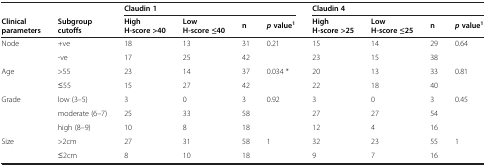
| <ROWSPAN=2> Clinical parameters | <ROWSPAN=2> Subgroup cutoffs | <COLSPAN=4> Claudin 1 | <COLSPAN=4> Claudin 4 |
 | High H-score >40 | Low H-score ≤40 | n | p value1 | High H-score >25 | Low H-score ≤25 | n | p value1 |
 | --- | --- | --- | --- | --- | --- | --- | --- | --- | --- |
 | Node | +ve | 18 | 13 | 31 | 0.21 | 15 | 14 | 29 | 0.64 |
 |  | -ve | 17 | 25 | 42 |  | 23 | 15 | 38 |  |
 | Age | >55 | 23 | 14 | 37 | 0.034 * | 20 | 13 | 33 | 0.81 |
 |  | ≤55 | 15 | 27 | 42 |  | 22 | 18 | 40 |  |
 | Grade | low (3–5) | 3 | 0 | 3 | 0.92 | 3 | 0 | 3 | 0.45 |
 |  | moderate (6–7) | 25 | 33 | 58 |  | 27 | 27 | 54 |  |
 |  | high (8–9) | 10 | 8 | 18 |  | 12 | 4 | 16 |  |
 | Size | >2cm | 27 | 31 | 58 | 1 | 32 | 23 | 55 | 1 |
 |  | ≤2cm | 8 | 10 | 18 |  | 9 | 7 | 16 |  |